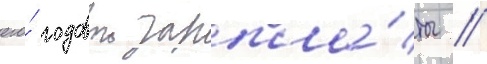
его́ годовои зарпла́ты //